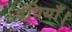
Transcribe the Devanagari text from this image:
देवियाँ।